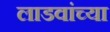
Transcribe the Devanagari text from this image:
लाडवांच्या